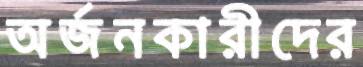
অর্জনকারীদের